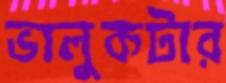
ভালুকটার